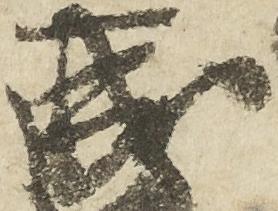
成